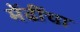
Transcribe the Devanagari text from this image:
मेंढींचा